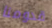
قدومنا